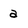
Character: a